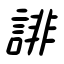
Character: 誹